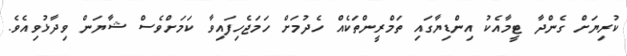
ކުރިޔަށް ގެންދާ ޓީމާއެކު އިންޑިޔާގައި ތަމްރީންތަކެއް ހެދުމަށް ހަމަޖެހިފައިވާ ކަމަށްވެސް ޝާޔަން ވިދާޅުވިއެެވެ.